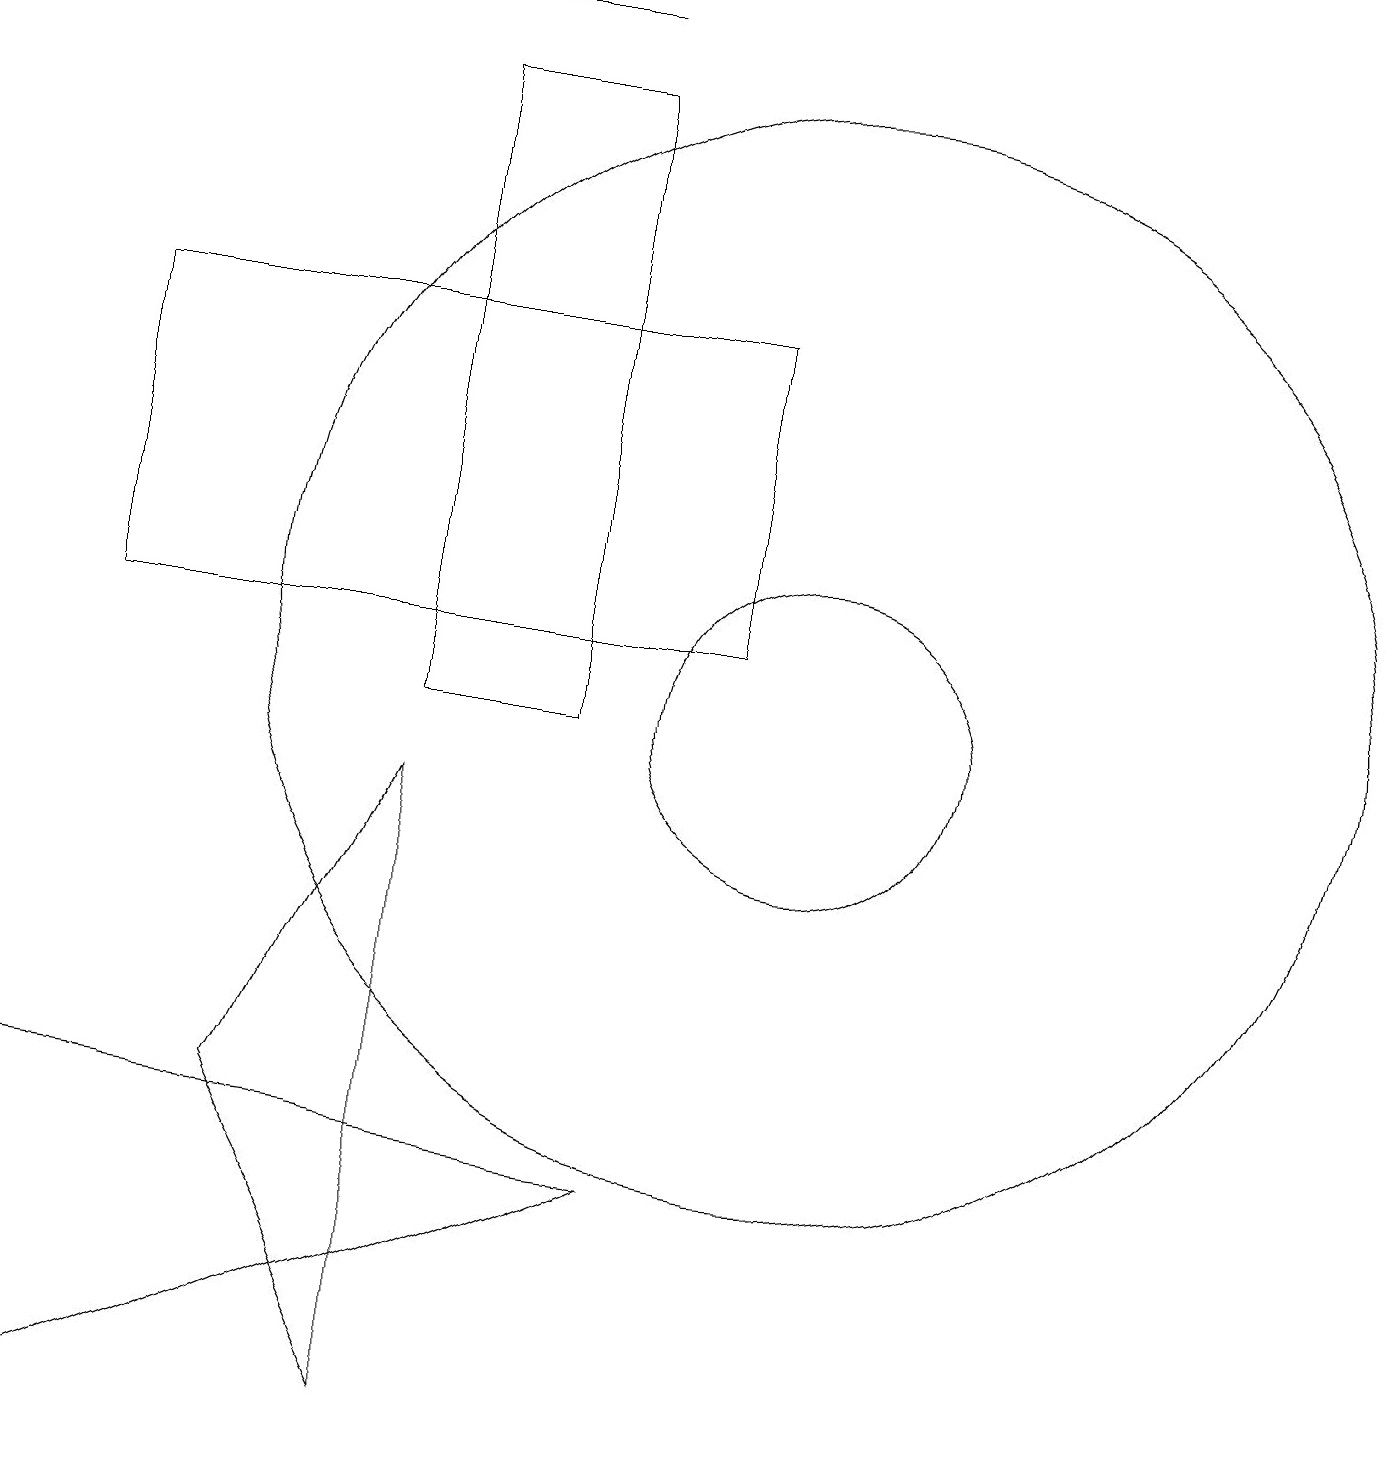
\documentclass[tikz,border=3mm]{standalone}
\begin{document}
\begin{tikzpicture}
\draw (3,5) -- (5,1) -- (5,9) -- cycle;
\draw (1,1) -- (0,5) -- (8,4) -- cycle;
\draw (7,19) rectangle (2,19);
\draw (10,10) circle (2);
\draw (5,18) rectangle (7,10);
\draw (10,11) circle (7);
\draw (9,15) rectangle (1,11);
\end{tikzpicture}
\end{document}